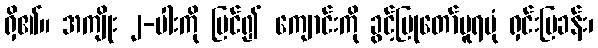
ရှိ၏။ အကျိုး ၂-ပါးကို မြင်၍ ကျောင်းကို ခွင့်ပြုတော်မူရပုံ ရှင်းပြခန်း၊